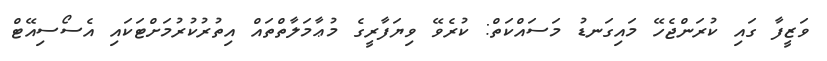
ވަޒީފާ ގައި ކުރަންޖެހޭ މައިގަނޑު މަސައްކަތް: ކުރެވޭ ވިޔަފާރީގެ މުޢާމަލާތްތައް އިތުރުކުރުމަށްޓަކައި އެސޯސިއޭޓް